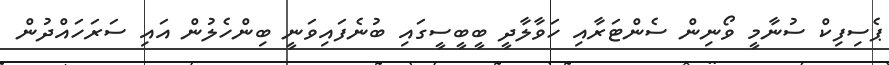
ޕެސިފިކް ސުނާމީ ވޯނިން ސެންޓަރާއި ހަވާލާދީ ބީބީސީގައި ބުނެފައިވަނީ ބިންހެލުން އައި ސަރަހައްދުން